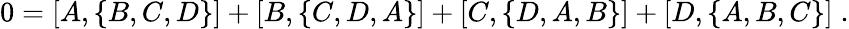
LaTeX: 0=\left[A,\left\{ B,C,D\right\} \right]+\left[B,\left\{ C,D,A\right\} \right]+\left[C,\left\{ D,A,B\right\} \right]+\left[D,\left\{ A,B,C\right\} \right]\; .